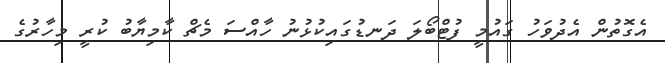
އެގޮތުން އެދުވަހު ގައުމީ ފުޓްބޯލަ ދަނޑުގައިކުޅުނު ހާއްސަ މެޗް ކާމިޔާބު ކުރީ މިހާރުގެ